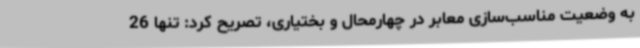
به وضعیت مناسب‌سازی معابر در چهارمحال و بختیاری، تصریح کرد: تنها 26